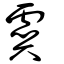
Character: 𨮗